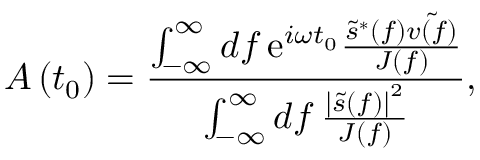
A \left( t _ { 0 } \right) = \frac { \int _ { - \infty } ^ { \infty } \mathop { d f } \mathrm { e } ^ { i \omega t _ { 0 } } \frac { \tilde { s } ^ { * } ( f ) \tilde { v ( f ) } } { J ( f ) } } { \int _ { - \infty } ^ { \infty } \mathop { d f } \frac { \left| \tilde { s } ( f ) \right| ^ { 2 } } { J ( f ) } } ,